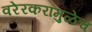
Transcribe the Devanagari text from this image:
वरेरकरांमुळेच